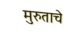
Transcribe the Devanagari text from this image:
मुरुताचे